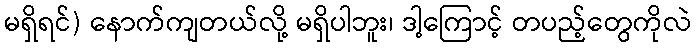
မရှိရင်) နောက်ကျတယ်လို့ မရှိပါဘူး၊ ဒါ့ကြောင့် တပည့်တွေကိုလဲ